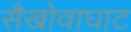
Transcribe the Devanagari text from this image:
सैखोवाघाट